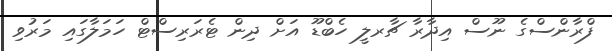
ފްރާންސްގެ ނޫސް އިދާރާ ޗާރލީ ހެބްޑޫ އަށް ދިން ޓެރަރިސްޓް ހަމަލާގައި މަރުވި